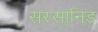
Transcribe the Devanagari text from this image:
सस्सानिड